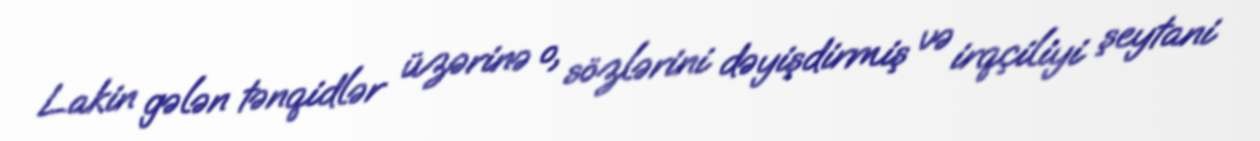
Lakin gələn tənqidlər üzərinə o, sözlərini dəyişdirmiş və irqçiliyi şeytani